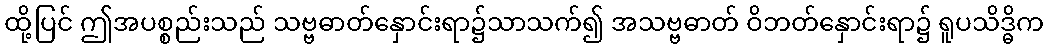
ထို့ပြင် ဤအပစ္စည်းသည် သဗ္ဗဓာတ်နှောင်းရာ၌သာသက်၍ အသဗ္ဗဓာတ် ဝိဘတ်နှောင်းရာ၌ ရူပသိဒ္ဓိက